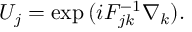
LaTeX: { \cal U } _ { j } = \mathrm { e x p } \, ( i F _ { j k } ^ { - 1 } \nabla _ { k } ) .